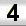
Digit: 3